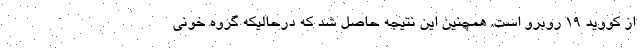
از کووید ۱۹ روبرو است. همچنین این نتیجه حاصل شد که درحالیکه گروه خونی